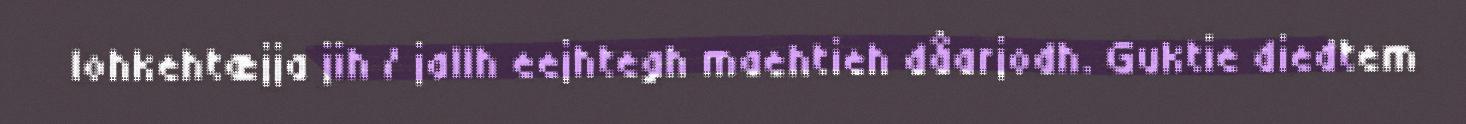
lohkehtæjja jih / jallh eejhtegh maehtieh dåarjodh. Guktie diedtem